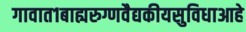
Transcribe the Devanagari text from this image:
गावात१बाह्यरुग्णवैद्यकीयसुविधाआहे